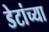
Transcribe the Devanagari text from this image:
डेटांच्या